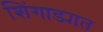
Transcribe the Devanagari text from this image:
शिंगाड्यात